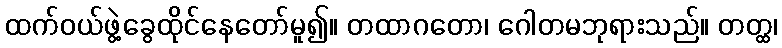
ထက်ဝယ်ဖွဲ့ခွေထိုင်နေတော်မူ၍။ တထာဂတော၊ ဂေါတမဘုရားသည်။ တတ္ထ၊